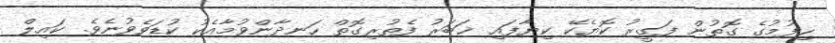
ހިފުމުގެ ގޮތުން ފަގީރު ކޮޔެކޭ ކިޔާފައި ޚަބަރު ފެތުރިގޮތް ހަނދާންވުމާއެކު ކުޑަވެވުނެވެ. ކައިލް